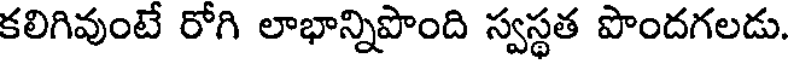
కలిగివుంటే రోగి లాభాన్నిపొంది స్వస్థత పొందగలడు.